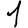
Digit: 1